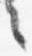
々